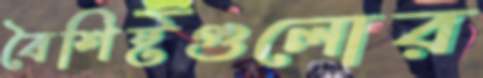
বৈশিষ্টগুলোর